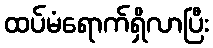
ထပ်မံရောက်ရှိလာပြီး